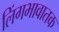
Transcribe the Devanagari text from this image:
लिंगभावातक